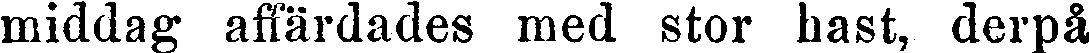
middag affärdades med stor hast, derpå